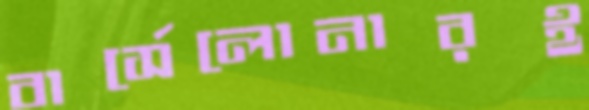
বার্সেলোনারই